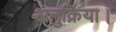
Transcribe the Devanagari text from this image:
अनुक्रिया।